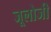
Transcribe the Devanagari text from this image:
जूलोजी